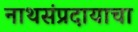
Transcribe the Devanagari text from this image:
नाथसंप्रदायाचा